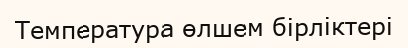
Температура өлшем бірліктері